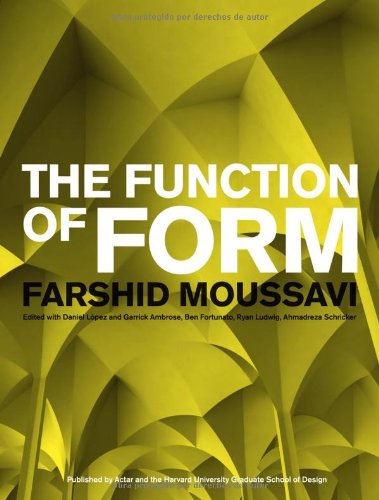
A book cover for The Function of Form; Farshid Moussavi; Arts & Photography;